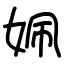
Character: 姵